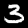
Digit: 3